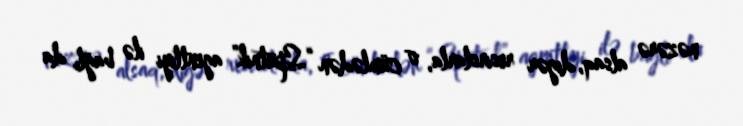
nəzərə alsaq, digər resirslarla, o cümlədən “Sputnik” agentliyi ilə bağlı da